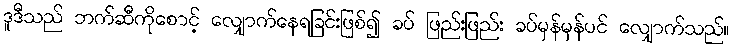
ဒူဒီသည် ဘက်ဆီကိုစောင့် လျှောက်နေရခြင်းဖြစ်၍ ခပ် ဖြည်းဖြည်း ခပ်မှန်မှန်ပင် လျှောက်သည်။